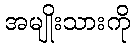
အမျိုးသားကို